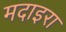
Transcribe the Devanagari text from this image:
मदाइरा